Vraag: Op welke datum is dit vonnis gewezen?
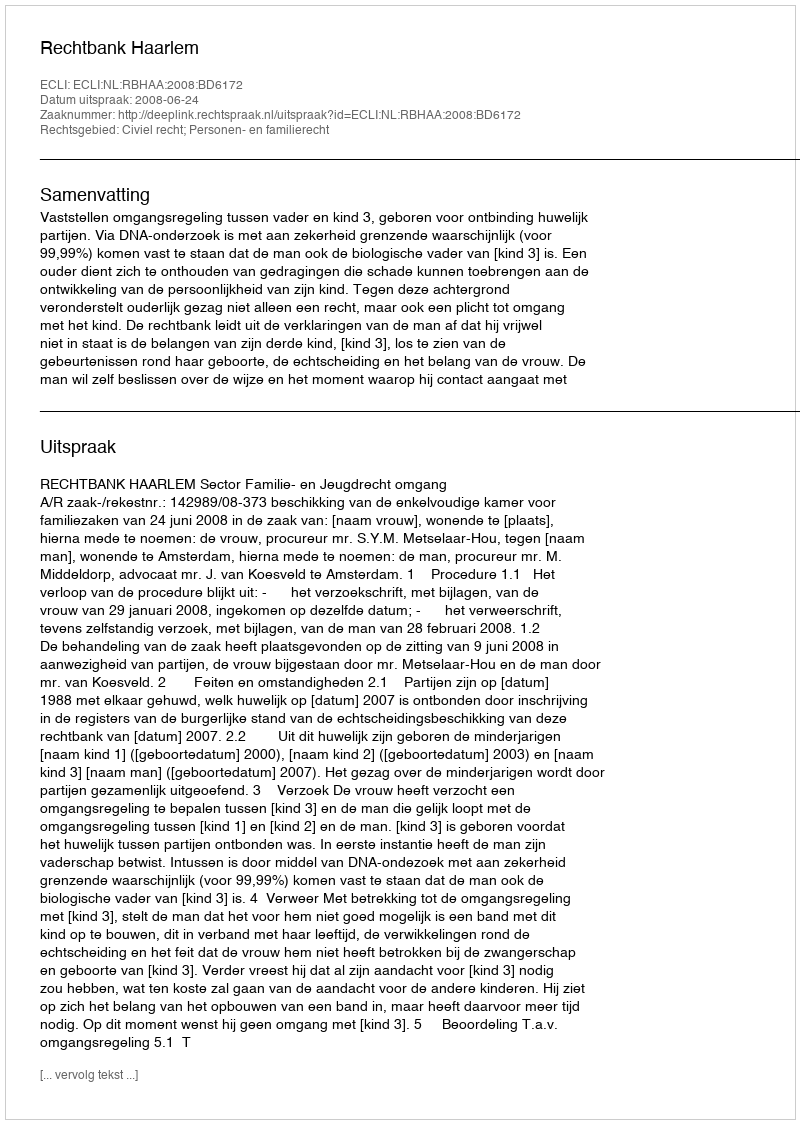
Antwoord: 2008-06-24